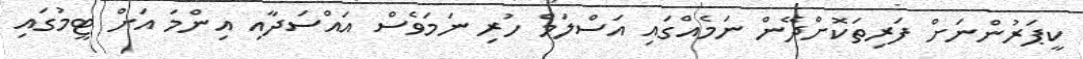
ކީޕަރުންނަށް ފަރިތަކޮށްދޭން ނަމެއްގައި އަސްލަމް ހުރި ނަމަވެސް އައްސަދާއި އިންމަ އަށް ޓީމުގައި